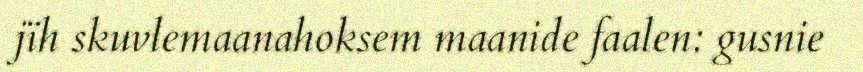
jïh skuvlemaanahoksem maanide faalen: gusnie